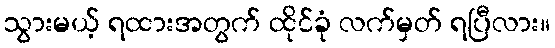
သွားမယ့် ရထားအတွက် ထိုင်ခုံ လက်မှတ် ရပြီလား။